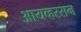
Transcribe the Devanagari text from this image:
आयव्हरसन